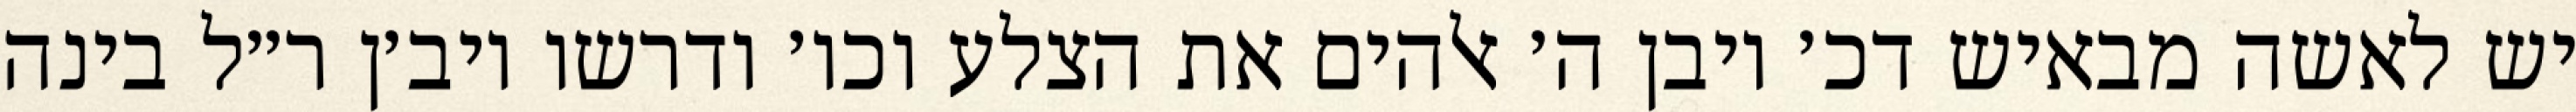
יש לאשה מבאיש דכ׳ ויבן ה׳ אלהים את הצלע וכו׳ ודרשו ויב׳ן ר״ל בינה